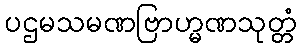
ပဌမသမဏဗြာဟ္မဏသုတ္တံ